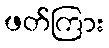
ဖတ်ကြား